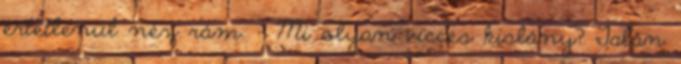
értetlenül néz rám. - Mi olyan vicces kislány? Talán